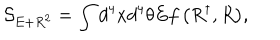
{ \mathcal { S } } _ { E + R ^ { 2 } } = \int { d ^ { 4 } x d ^ { 4 } \theta E f \left( R ^ { \dagger } , R \right) } ,